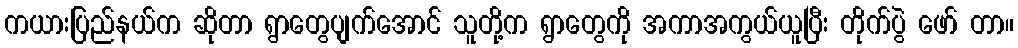
ကယားပြည်နယ်က ဆိုတာ ရွာတွေပျက်အောင် သူတို့က ရွာတွေကို အကာအကွယ်ယူပြီး တိုက်ပွဲ ဖော် တာ။